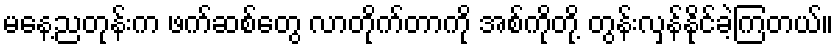
မနေ့ညတုန်းက ဖက်ဆစ်တွေ လာတိုက်တာကို အစ်ကိုတို့ တွန်းလှန်နိုင်ခဲ့ကြတယ်။